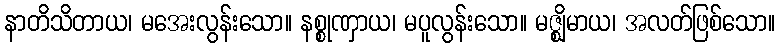
နာတိသိတာယ၊ မအေးလွန်းသော။ နစ္စုဏှာယ၊ မပူလွန်းသော။ မဇ္ဈိမာယ၊ အလတ်ဖြစ်သော။